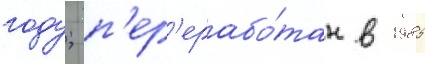
году; п'ер'ерабо́тан в 1985